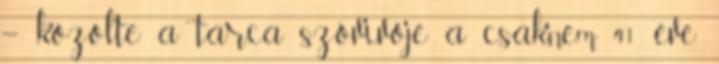
– közölte a tárca szóvivője a csaknem 41 éve